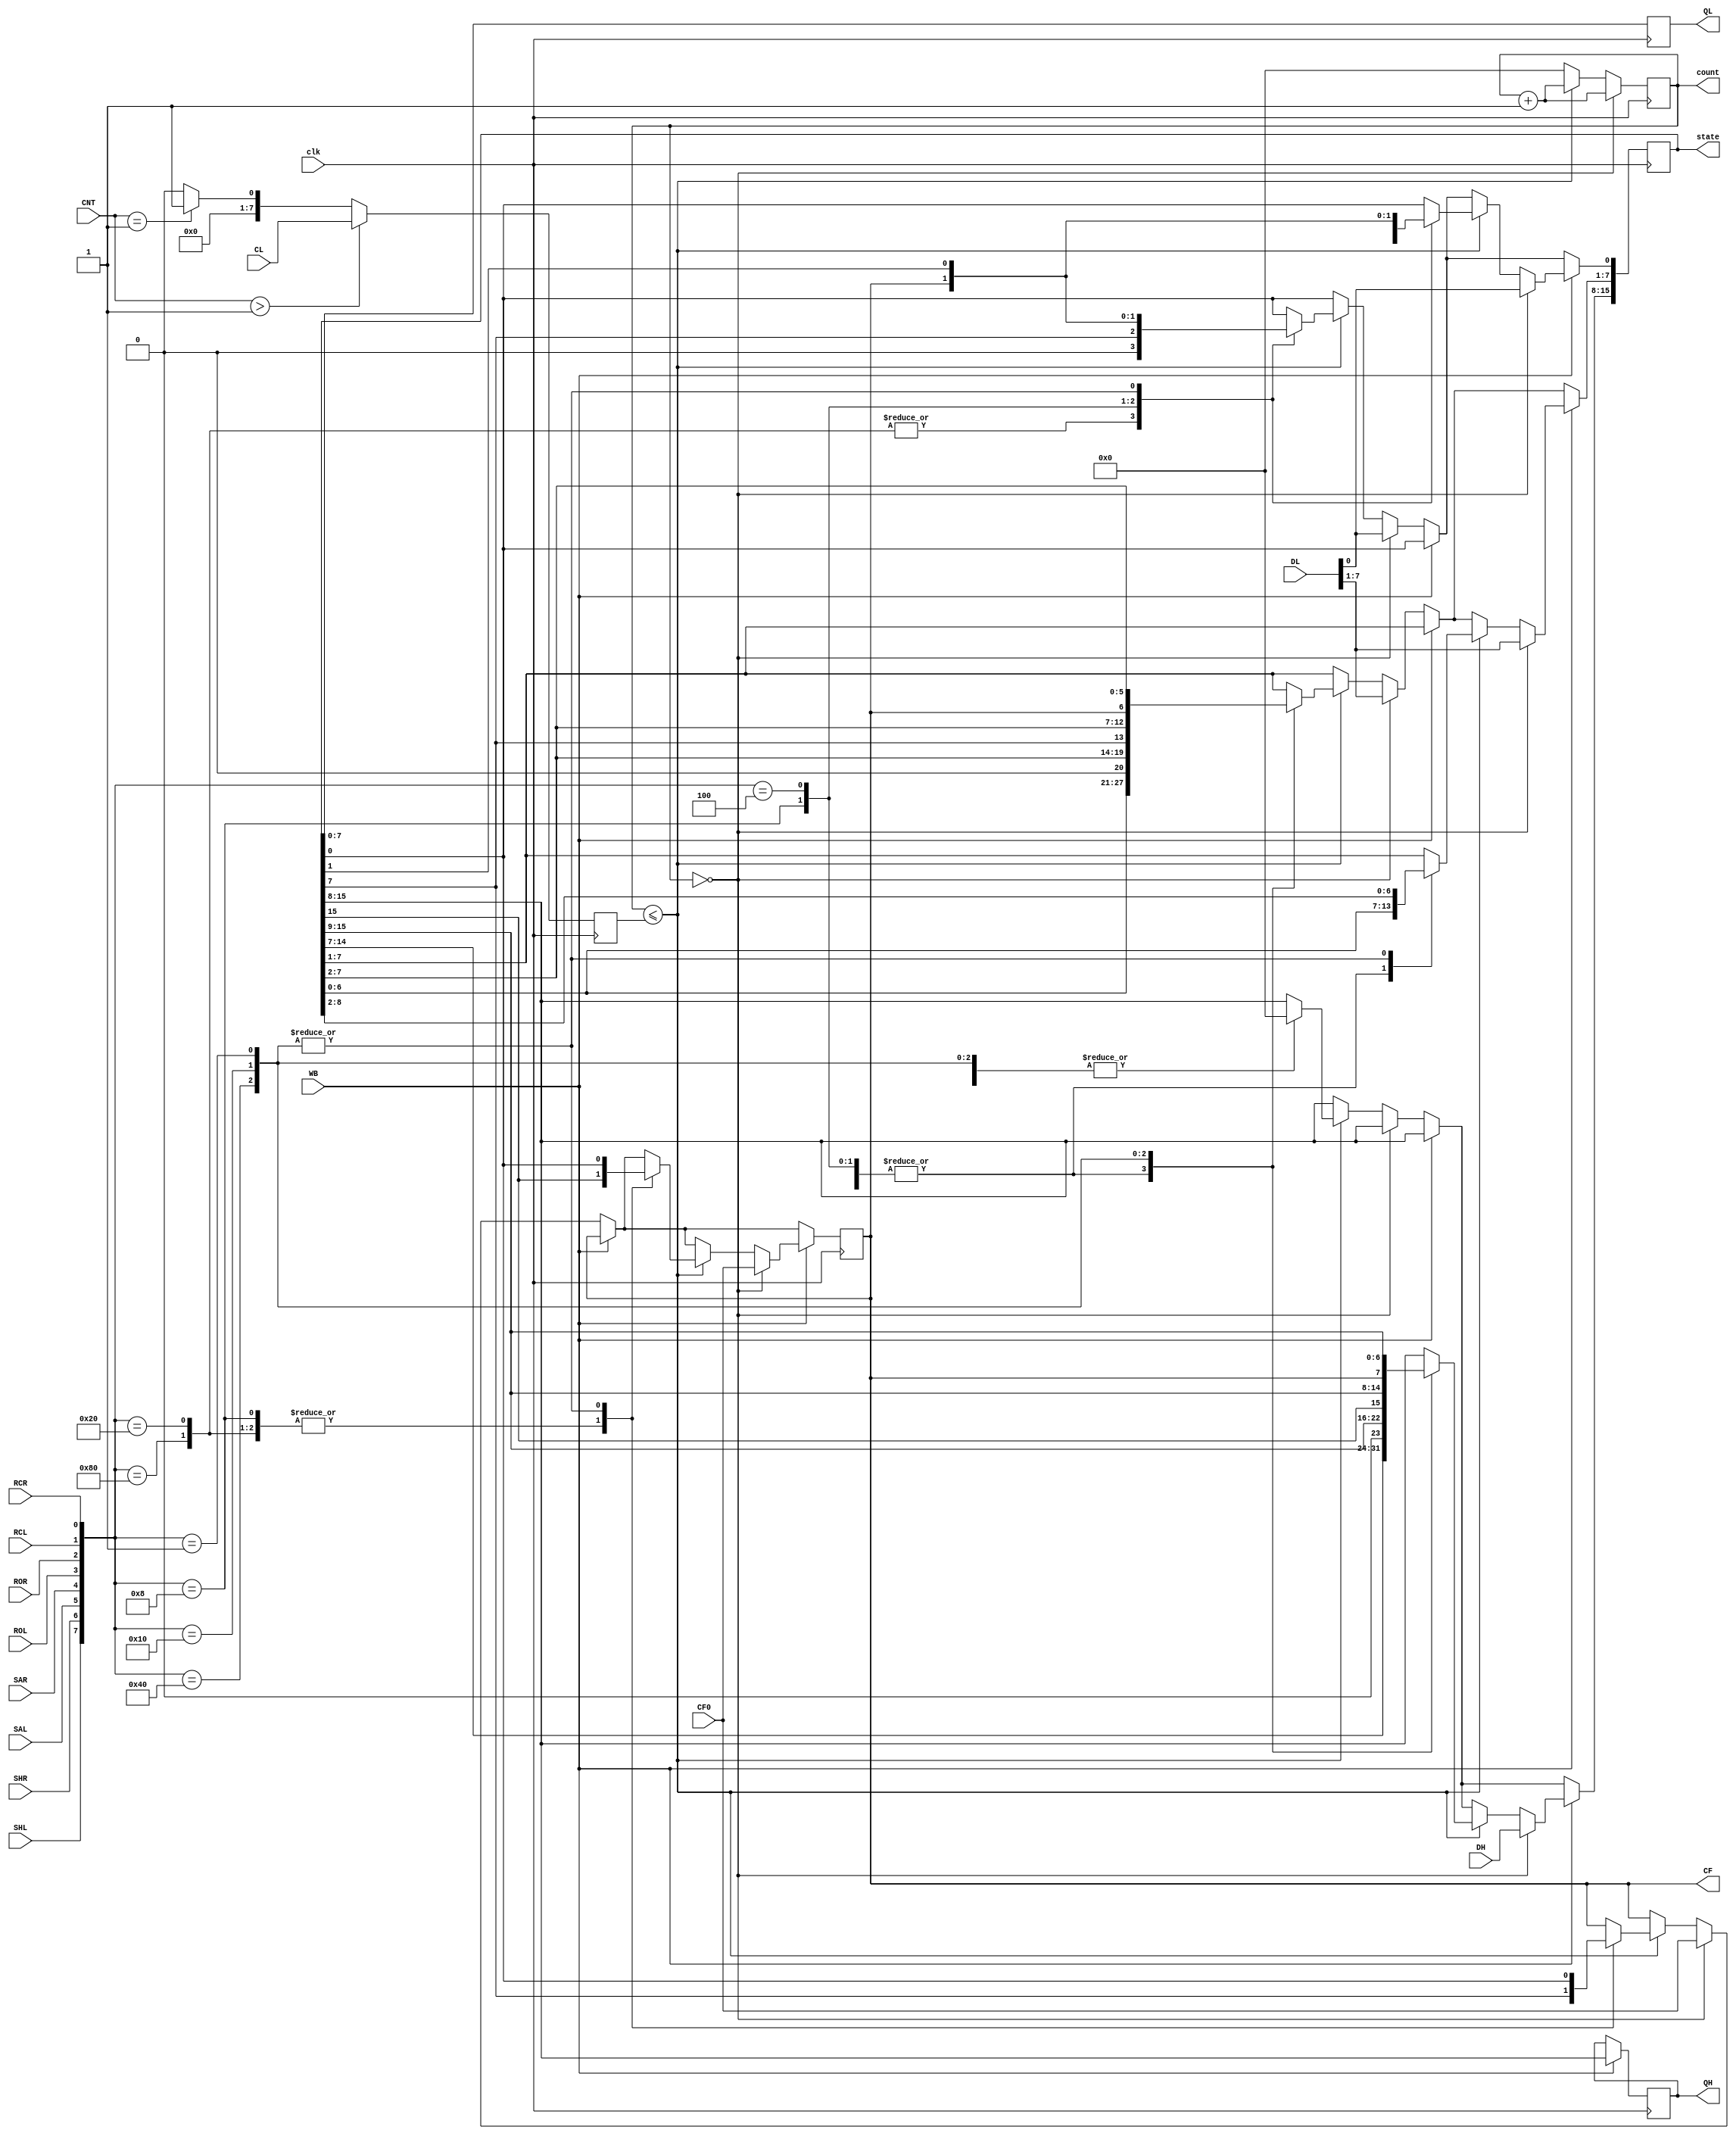
module shifting_register(clk,DL,DH,CNT,CL,SHL,SHR,SAL,SAR,ROL,ROR,RCL,RCR,CF0,WB,QL,QH,CF,count,state);
input clk;//
input [7:0]DL;//
input [7:0]DH;//
input [7:0]CNT;//
input [7:0]CL;//
input SHL, SHR, SAL, SAR, ROL, ROR, RCL, RCR, CF0, WB;///
output reg [7:0]QL;//
output reg [7:0]QH;//
output reg CF;//CF
output reg [7:0]count;//
output reg [15:0]state;//
reg [7:0]Num;

always @ (posedge clk) //
begin
	if(CNT>8'b00000001) Num[7:0]<=CL[7:0];
	else if(CNT==8'b00000001) Num[7:0]<=8'b00000001;
	else Num[7:0]<=8'b0;
	if(~WB) begin
		if(count==8'b00000000) begin state[7:0]<=DL[7:0]; CF<=CF0; count <= count + 1; end//0CF
		else if(count <= Num) begin//Num
			count <= count + 1;//
			case ({SHL, SHR, SAL, SAR, ROL, ROR, RCL, RCR})
			8'b10000000: begin state<={state[6:0],1'b0}; CF<=state[7]; end			//
			8'b00100000: begin state<={state[6:0],1'b0}; CF<=state[7]; end			//
			8'b00001000: begin state<={state[6:0],state[7]}; CF<=state[7]; end	//
			8'b00000100: begin state<={state[6:0],CF}; state[0]<=CF; end			//
			8'b01000000: begin state<={1'b0,state[7:1]}; CF<=state[0]; end			//
			8'b00010000: begin state<={state[7],state[7:1]}; CF<=state[0]; end	//
			8'b00000100: begin state<={state[0],state[7:1]}; CF<=state[0]; end	//
			8'b00000001: begin state<={CF,state[7:1]}; CF<=state[0]; end			//
			default:state[7:0]<=state[7:0];
			endcase
			end
		else//
			begin
		//	QL=state[7:0];//8QL 
			count <= 0;//D
			end
	end
	if(WB) begin
		if(count==8'b00000000) begin state[15:0]<={DH[7:0],DL[7:0]}; CF<=CF0; count <= count + 1; end//0CF
		else if(count <= Num) begin//Num
			count <= count + 1;//
			case ({SHL, SHR, SAL, SAR, ROL, ROR, RCL, RCR})
			8'b10000000: begin state<={state[14:0],1'b0}; CF<=state[15]; end			//
			8'b00100000: begin state<={state[14:0],1'b0}; CF<=state[15]; end			//
			8'b00001000: begin state<={state[14:0],state[15]}; CF<=state[15]; end	//
			8'b00000100: begin state<={state[14:0],CF}; state[0]<=CF; end				//
			8'b01000000: begin state<={1'b0,state[15:1]}; CF<=state[0]; end			//
			8'b00010000: begin state<={state[15],state[15:1]}; CF<=state[0]; end		//
			8'b00000100: begin state<={state[0],state[15:1]}; CF<=state[0]; end		//
			8'b00000001: begin state<={CF,state[15:1]}; CF<=state[0]; end				//
			default:state[15:0]<=state[15:0];
			endcase
			end
		else//
			begin
		//	{QH[7:0],QL[7:0]}=state[15:0];//8QL 
			count <= 0;//Din
			end
	end
end
always @(posedge clk)
if(~WB) QL=state[7:0];
else {QH[7:0],QL[7:0]}=state[15:0];
endmodule